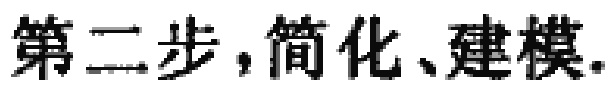
第二步，简化、建模.